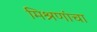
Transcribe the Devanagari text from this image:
मिश्रणांचा